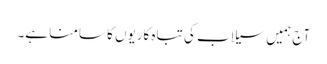
آج ہمیں سیلاب کی تباہ کاریوں کا سامنا ہے۔